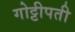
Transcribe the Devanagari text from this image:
गोट्टीपती